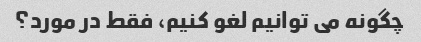
چگونه می توانیم لغو کنیم، فقط در مورد؟